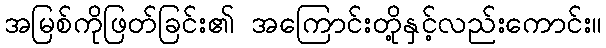
အမြစ်ကိုဖြတ်ခြင်း၏ အကြောင်းတို့နှင့်လည်းကောင်း။